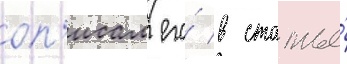
оп'исал его́ в статье́